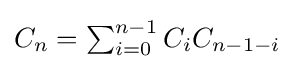
\textstyle C_{n}=\sum _{i=0}^{n-1}C_{i}C_{n-1-i}